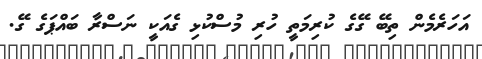
އަހަރެމެން ތިބޭ ގޭގެ ކުރިމަތީ ހުރި މުސްކުޅި ގެއަކީ ނަސްރާ ބައްޕަގެ ގޭ.